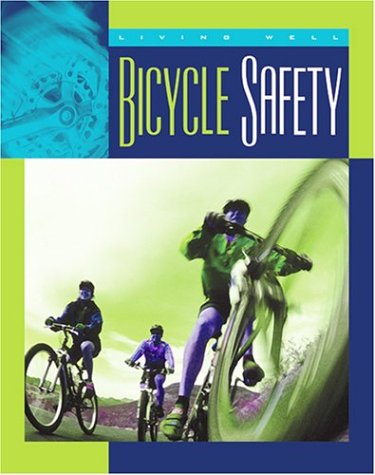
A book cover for Bicycle Safety (Living Well (Child's World)); Lucia Raatma; Children's Books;